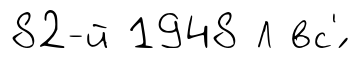
82-й 1948 Л вс'́